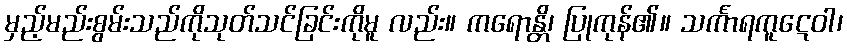
မှည့်မည်းစွမ်းသည်ကိုသုတ်သင်ခြင်းကိုမူ လည်း။ ကရောန္တိ၊ ပြုကုန်၏။ သင်္ကာရကူဋေဝါ၊